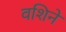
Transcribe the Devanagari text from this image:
वशिने